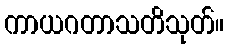
ကာယဂတာသတိသုတ်။